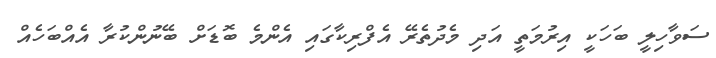
ސަވާހިލީ ބަހަކީ އިރުމަތީ އަދި މެދުތެރޭ އެފްރިކާގައި އެންމެ ބޮޑަށް ބޭނުންކުރާ އެއްބަހެއް